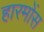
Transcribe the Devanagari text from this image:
हारमोंस